Medical and sanitary report of the native army of Madras for the year
Year: 1877
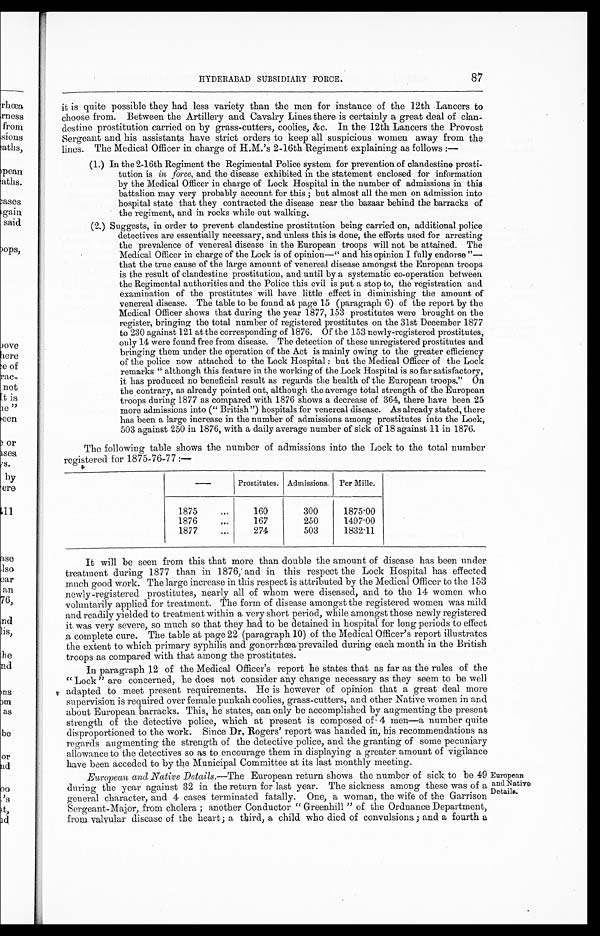
87
H Y D E R A B A D S U B S I D I A R Y F O R C E .
it is quite possible they had less variety than the men for instance of the 12th Lancers to
choose from. Between the Artillery and Cavalry Lines there is certainly a great deal of clan
-destine prostitution carried on by grass-cutters, coolies, &c. In the 12th Lancers the Provost
Sergeant and his assistants have strict orders to keep all suspicious women away from the
lines. The Medical Officer in charge of H.M.'s 2-16th Regiment explaining as follows :-
(1.) In the 2-16th Regiment the Regimental Police system for prevention of clandestine prosti
- t u t i o n i s
i n f o r c e ,
a n d t h e d i s e a s e e x h i b i t e d i n t h e s t a t e m e n t e n c l o s e d f o r i n f o r m a t i o n
by the Medical Officer in charge of Lock Hospital in the number of admissions in this
battalion may very probably account for this ; but almost all the men on admission into
hospital state that they contracted the disease near the bazaar behind the barracks of
the regiment, and in rocks while out walking.
(2.) Suggests, in order to prevent clandestine prostitution being carried on, additional police
detectives are essentially necessary, and unless this is done, the efforts used for arresting
the prevalence of venereal disease in the European troops will not be attained. The
Medical Officer in charge of the Lock is of opinion—" and his opinion I fully endorse "—
that the true cause of the large amount of venereal disease amongst the European troops
is the result of clandestine prostitution, and until by a systematic co-operation between
the Regimental authorities and the Police this evil is put a stop to, the registration and
examination of the prostitutes will have little effect in diminishing the amount of
venereal disease. The table to be found at page 15 (paragraph 6) of the report by the
Medical Officer shows that during the year l.877, 153 prostitutes were brought on the
register, bringing the total number of registered prostitutes on the 31st December 1877
to 230 against 121 at the corresponding of 1876. Of the 153 newly-registered prostitutes,
only 14 were found free from disease. The detection of these unregistered prostitutes and
bringing them under the operation of the Act is mainly owing to the greater efficiency
of the police now attached to the Lock Hospital : but the Medical Officer of the Lock
remarks " although this feature in the working of the Lock Hospital is so far satisfactory,
it has produced no beneficial result as regards the health of the European troops." On
the contrary, as already pointed out, although the average total strength of the European
troops during 1877 as compared with 1876 shows a decrease of 364, there have been 25
more admissions into (" British ") hospitals for venereal disease. As already stated, there
has been a large increase in the number of admissions among prostitutes into the Lock,
503 against 250 in 1876, with a daily average number of sick of 18 against 11 in 1876.
The following table shows the number of admissions into the Lock to the total number
registered for 1875-76-77 :—
Prostitutes. Admissions,
Per Mille.
1875
...
160
300
1875 00
1876
...
167
250
1497 00
1877
...
274
503
1832.11
It will be seen from this that more than double the amount of disease has been under
treatment during 1877 than in 1876,' and in this respect the Lock Hospital has effected
much good work. The large increase in this respect is attributed by the Medical Officer to the 153
newly-registered prostitutes, nearly all of whom were diseased, and to the 14 women who
voluntarily applied for treatment. The form of disease amongst the registered women was mild
and readily yielded to treatment within a very short period, while amongst those newly registered
it was very severe, so much so that they had to be detained in hospital for long periods to effect
A complete cure. The table at page 22 (paragraph 10) of the Medical Officer's report illustrates
the extent to which primary syphilis and gonorrhœa prevailed during each month in the British
troops as compared with that among the prostitutes.
In paragraph 12 of the Medical Officer's report he states that as far as the rules of the
" Lock " are concerned, he does not consider any change necessary as they seem to be well
adapted to meet present requirements. He is however of opinion that a great deal more
supervision is required over female punkah coolies, grass-cutters, and other Native women in and
about European barracks. This, he states, can only be accomplished by augmenting the present
strength of the detective police, which at present is composed of 4 men—a number quite
disproportioned to the work. Since Dr, Rogers' report was handed in, his recommendations as
regards augmenting the strength of the detective police, and the granting of some pecuniary
allowance to the detectives so as to encourage them in displaying a greater amount of vigilance
have been acceded to by the Municipal Committee at its last monthly meeting.
European and Native Details.—The European return shows the number of sick to be 49
during the year against 32 in the return for last year. The sickness among these was of a
general character, and 4 cases terminated fatally. One, a woman, the wife of the Garrison
Sergeant-Major, from cholera ; another Conductor " Greenhill " of the Ordnance Department,
from valvular disease of the heart; a third, a child who died of convulsions ; and a fourth a
European
and Native
Details.